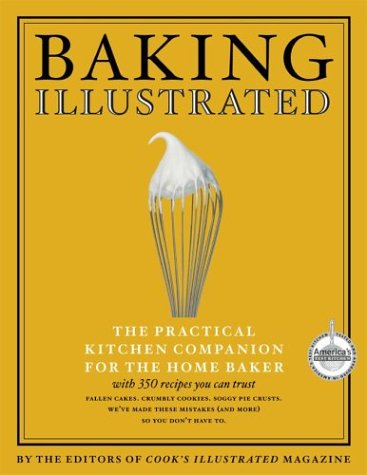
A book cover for Baking Illustrated: A Best Recipe Classic; Cook's Illustrated Magazine Editors; Cookbooks, Food & Wine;